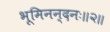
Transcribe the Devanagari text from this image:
भूमिनन्दनः॥२॥